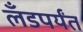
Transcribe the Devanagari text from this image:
लँडपर्यंत